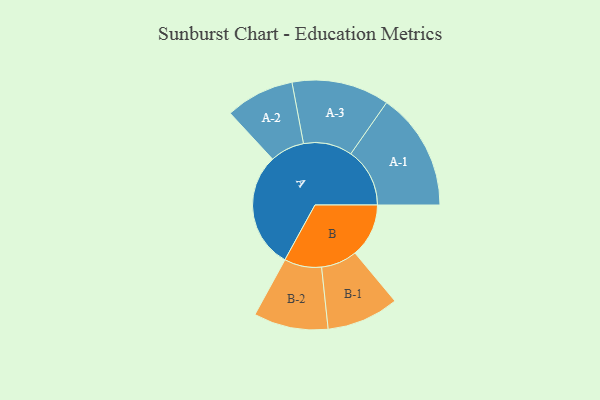
{"axis": {"x": "Segment", "y": "Value"}, "legend": ["", "A", "B"], "data": [{"x": "A", "y": 402, "type": ""}, {"x": "B", "y": 186, "type": ""}, {"x": "A-1", "y": 204, "type": "A"}, {"x": "A-2", "y": 119, "type": "A"}, {"x": "A-3", "y": 169, "type": "A"}, {"x": "B-1", "y": 125, "type": "B"}, {"x": "B-2", "y": 129, "type": "B"}]}